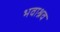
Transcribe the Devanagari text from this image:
भवाश्रव